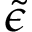
\tilde { \epsilon }